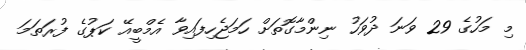
މި މަހުގެ 29 ވަނަ ދުވަހު ނިންމާގޮތަށް ހަމަޖެހިފައިވާ އެމްބީއޭ ކަޕުގެ ފުރަތަމަ